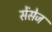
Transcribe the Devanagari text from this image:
सेंसेज